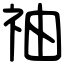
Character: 䄂